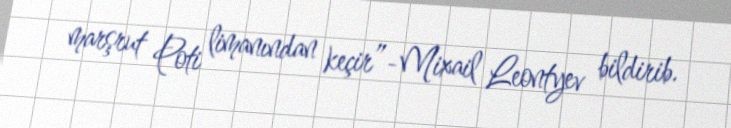
marşrut Poti limanından keçir”-Mixail Leontyev bildirib.